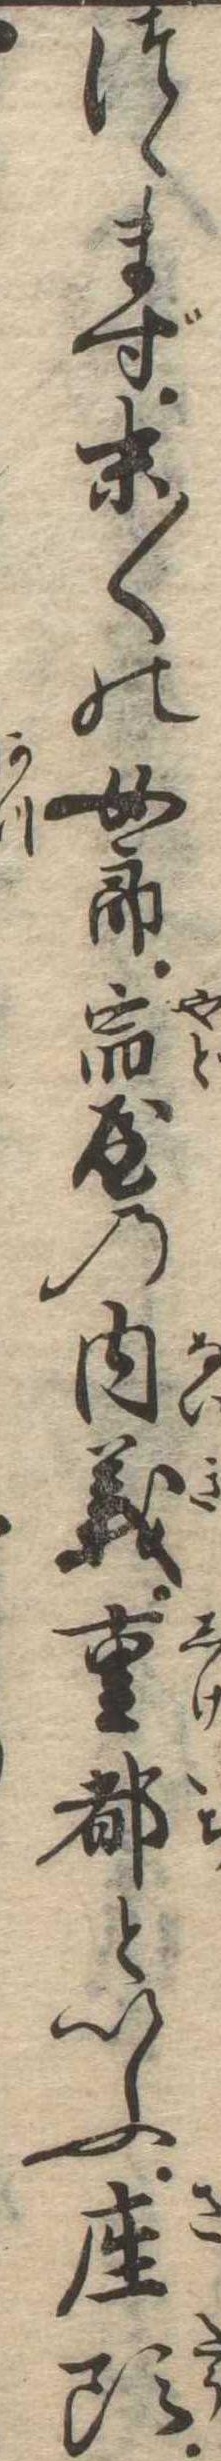
つゝまず末〱の女郎宿屋の内義重都といふ座頭